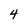
Character: 4